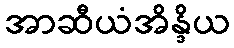
အာဆီယံအိန္ဒိယ